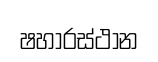
ෂහාරස්ථාන